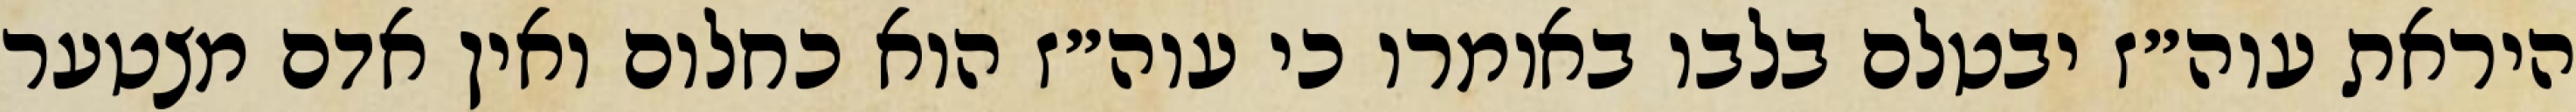
היראת עוה״ז יבטלם בלבו באומרו כי עוה״ז הוא כחלום ואין אדם מצטער